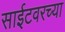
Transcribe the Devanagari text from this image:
साईटवरच्या